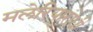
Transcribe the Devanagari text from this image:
मलेरियारोधी